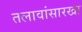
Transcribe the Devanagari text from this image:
तलावांसारखा